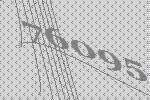
76095